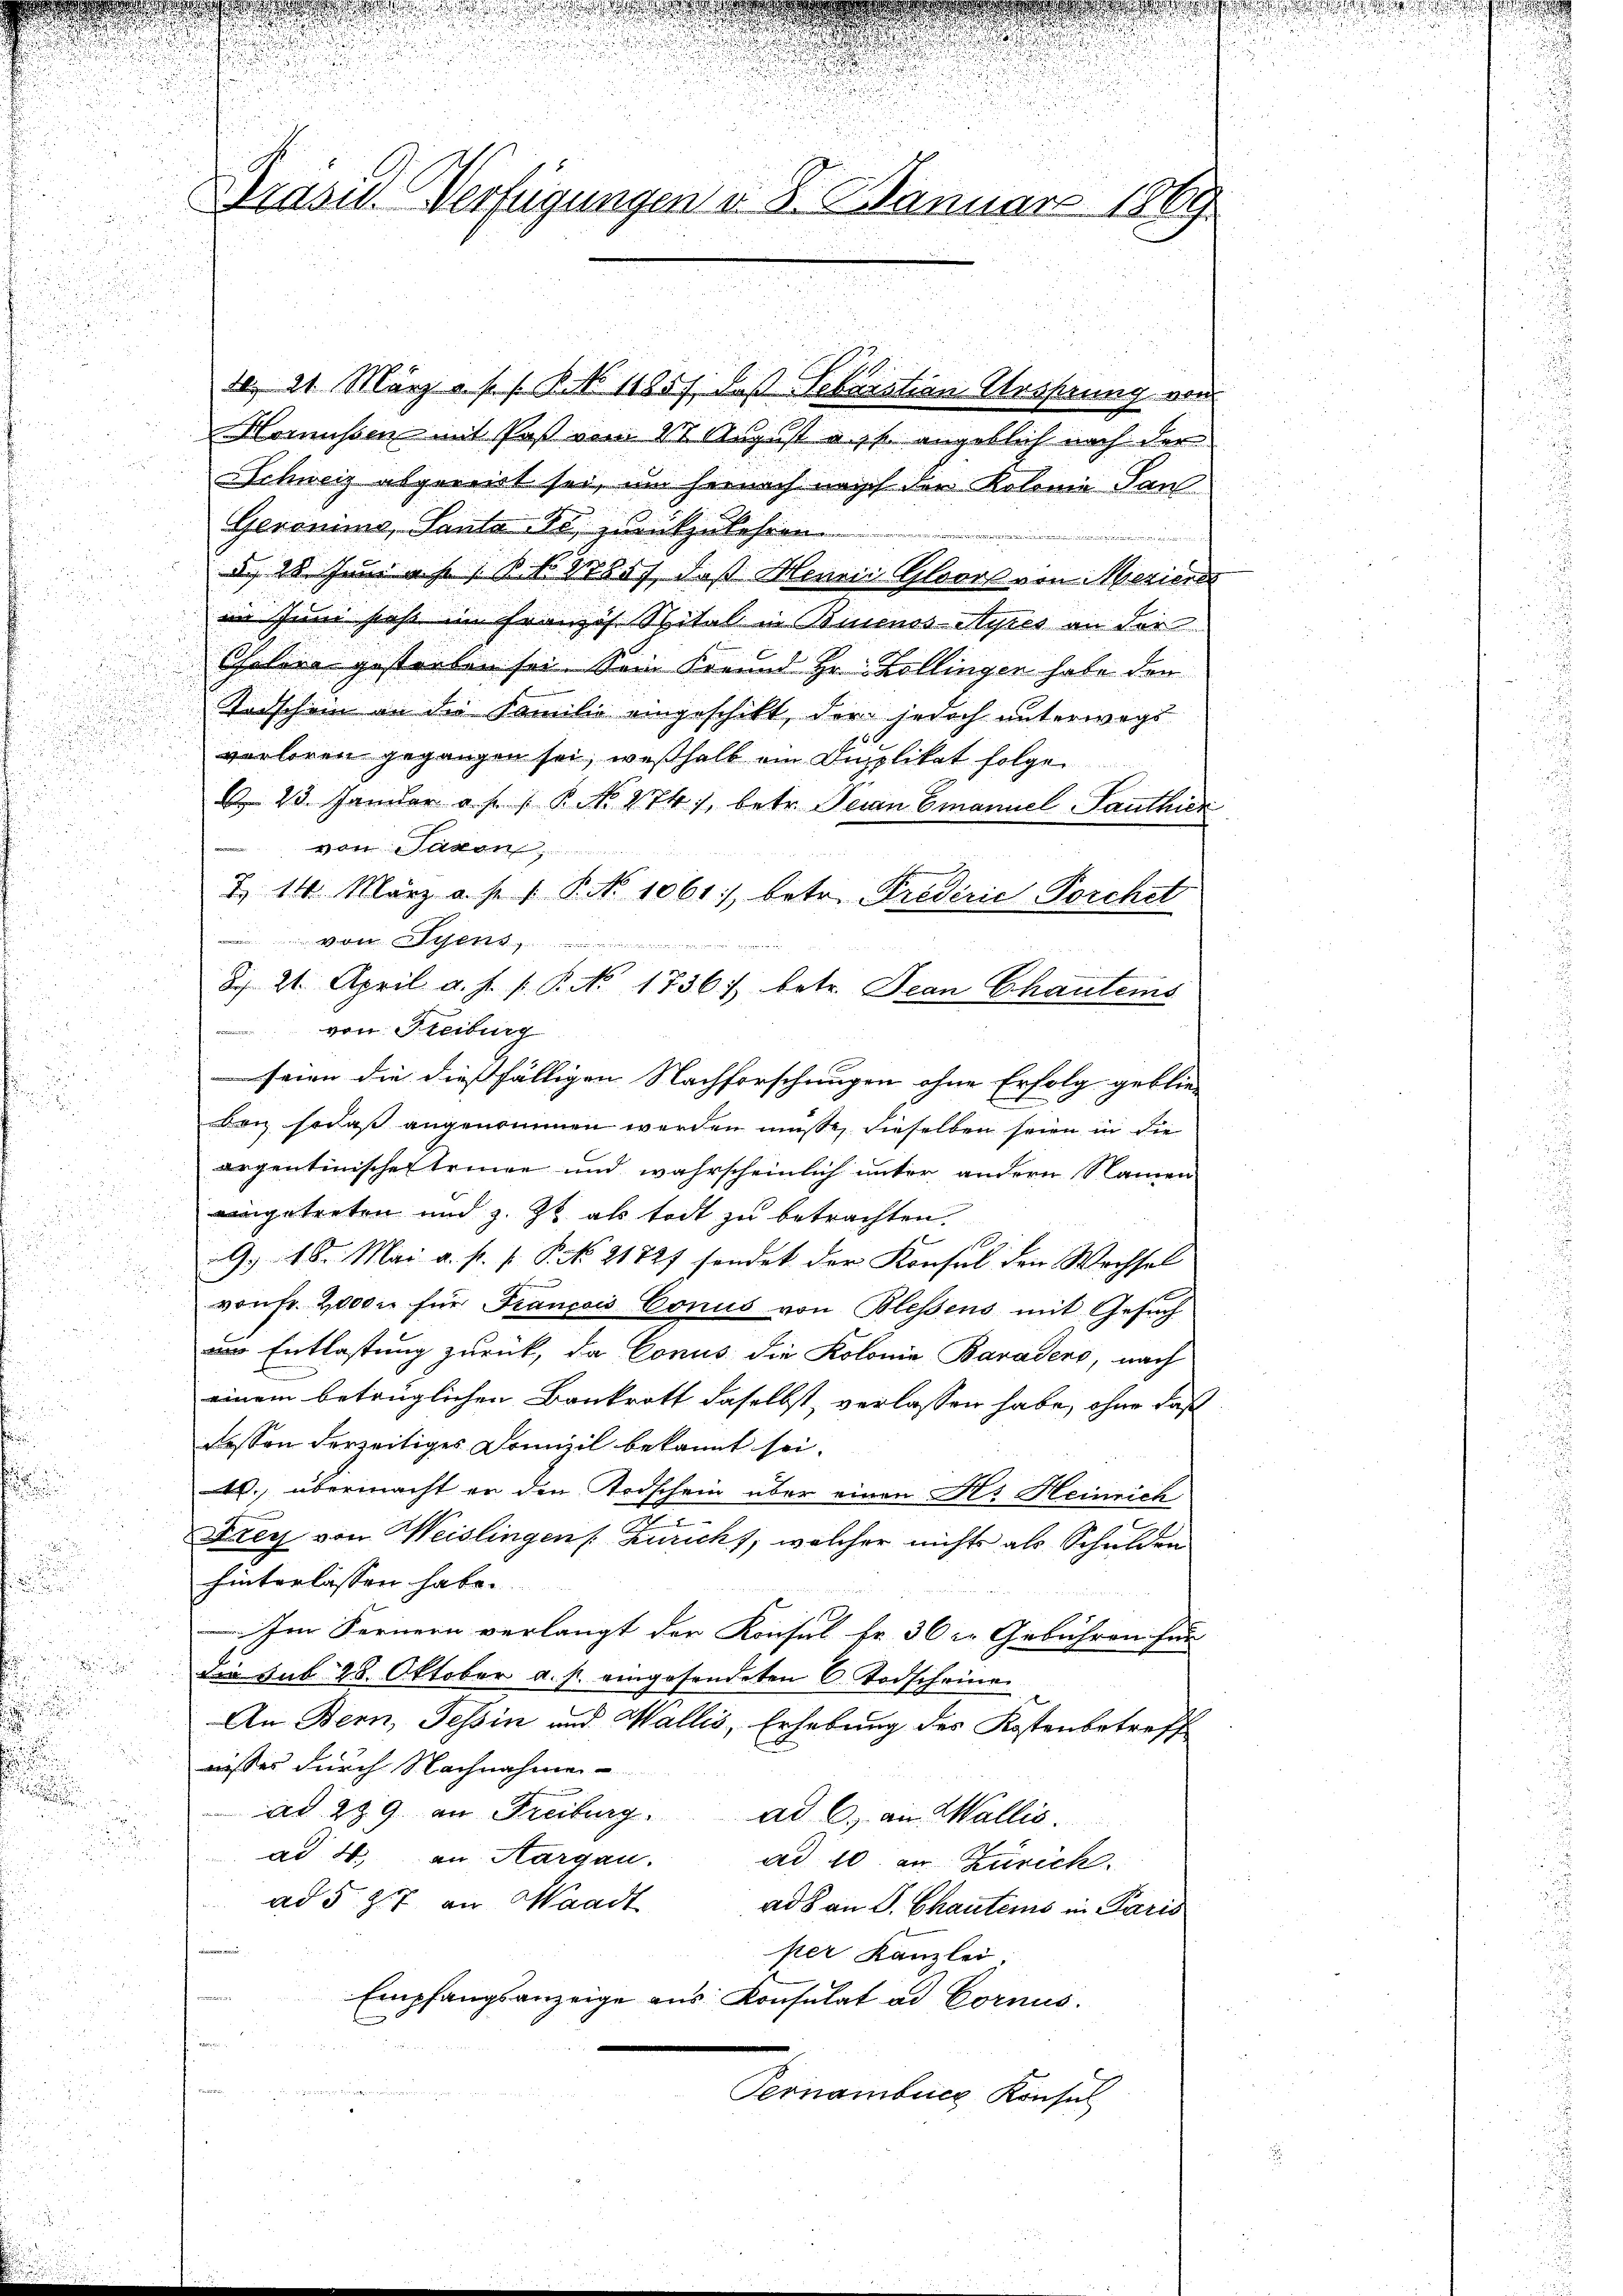
.
u
d

d

.

Brasis. Verfügungen d. 8. Januar 1869

10. 21. März a. s. B. No 11857, daß Sebastian Ursprung von
Homüssen mit Post vom 28 August a. p. angeblich nach der
Schweiz abgereirt sei, um hernach nach den Kolonia San
Geronimo, Santa Fr. Zumikzulehren.
t
d. 28. Juni a.h. B. N. 27857, daß Henrie Gloors von Meriere
in Juni sehr im Französ. Spital in Buenos-Ayres an der
Cholere gesterben sei. Sein Freund Hr. Zollingen habe den
Todschein an die Familie eingeschikt, der jedoch unterwegs
verloren gegangen sei, weßhalb ein Duplikat folgen
 23. Januar a s s P. N. 274), betr. Sein Emanuel Panthier
von Saxon,
Z. 14. März a. p. 1 P. No 1061, betr. Frederie Porchet
 en
8. 21. April a. s. f. P. No. 1736. betr. Jean Chauteins
von Sterburg
i
seien die diesfälligen Nachforschungen ohne Erfolg geblie-
bei sodaß angenommen werden müsse, dieselben seien in die
orgentinischen Erinne und wahrscheinlich unter andern Namen
eingetreten und z. Zt. als todt zu betrachten.
G. 48. Mai a. s. f. P. No 21727 sonder der Konsul den Wechsel
von Fr. 2000 für François Conus von Blessens mit Gesuch
am Entlastung zurück, da Conus die Kolonie Baradero, nach
einem betrüglichen Bankrott daselbst, verlassen habe, ohne daß
dessen derzeitiges Domizil bekannt sei.
4. übermacht an den Todschein über einen N. Heinrich
E
Frey von Weislingen Zuricht, welcher nichts als Schulden
hinterlassen habe.
Im Fernern verlangt der Konsul Fr. 36 l. Gebühren für
dia sub 28. Oktober a. p. eingesendeten 6. Todscheine
An Bern, Tessin und Wallis, Erhebung des Kostenbetreff
wisses durch Nachnahmen-
ad 289 an Freiburg. ad C. an Wallis
ad 4. an Margau. ad 10. an Zürich
ad 537 an Waadt ad an S. Chautems in Paris
per Kanzlei:
Empfangsanzeige aus Konsulat ad Cornis.
Pernambuch Konsul